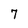
Character: 7